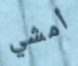
أمشي